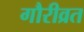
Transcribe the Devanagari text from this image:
गौरीव्रत